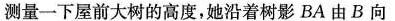
测量一下屋前大树的高度，她沿着树影BA由B向